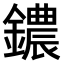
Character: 𫓒